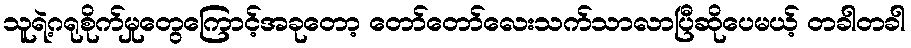
သူရဲ့ဂရုစိုက်မှုတွေကြောင့်အခုတော့ တော်တော်လေးသက်သာလာပြီဆိုပေမယ့် တခါတခါ